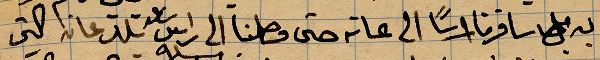
به بل سافرنا راسًا الى عانه حتى وصلنا الى راس تلم عانه اكثر